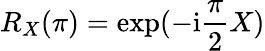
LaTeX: R_{X}(\pi)=\exp(-\mathrm{i}\frac{\pi}{2}X)